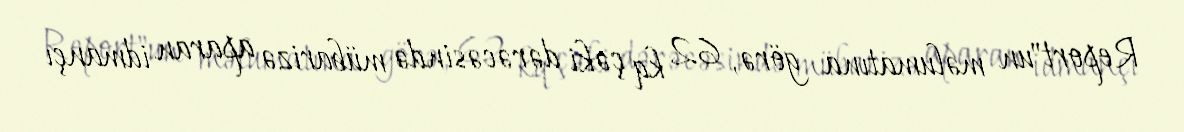
Report"un məlumatına görə, 62 kq çəki dərəcəsində mübarizə aparan idmançı